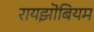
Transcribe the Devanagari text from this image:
रायझॊबियम